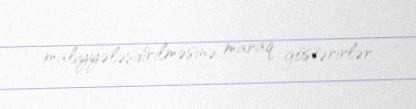
maliyyələşdirilməsinə maraq göstərirlər.